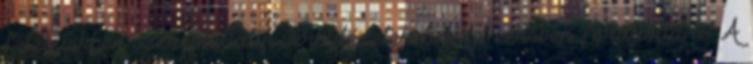
feleletekben szereplő latin versidézeteket néha versben fordította le. A